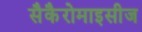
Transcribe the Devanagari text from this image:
सैकैरोमाइसीज